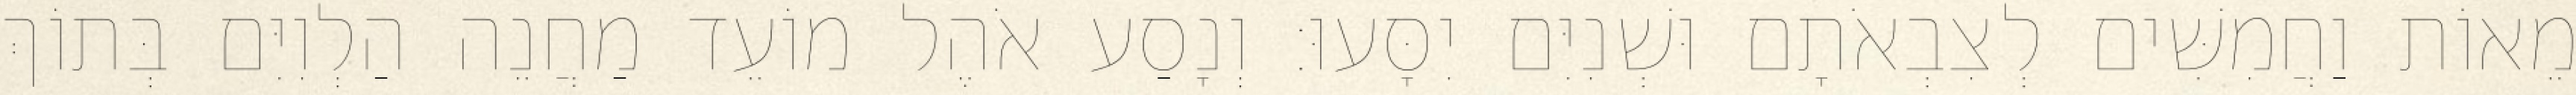
מֵאוֹת וַחֲמִשִּׁים לְצִבְאֹתָם וּשְׁנִיִּם יִסָּעוּ׃ וְנָסַע אֹהֶל מוֹעֵד מַחֲנֵה הַלְוִיִּם בְּתוֹךְ